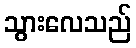
သွားလေသည်